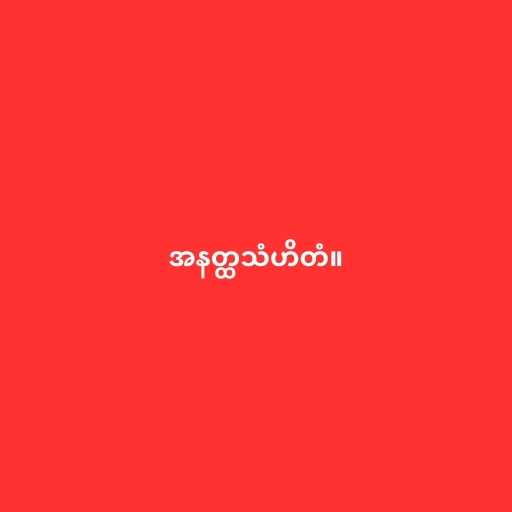
အနတ္ထသံဟိတံ။